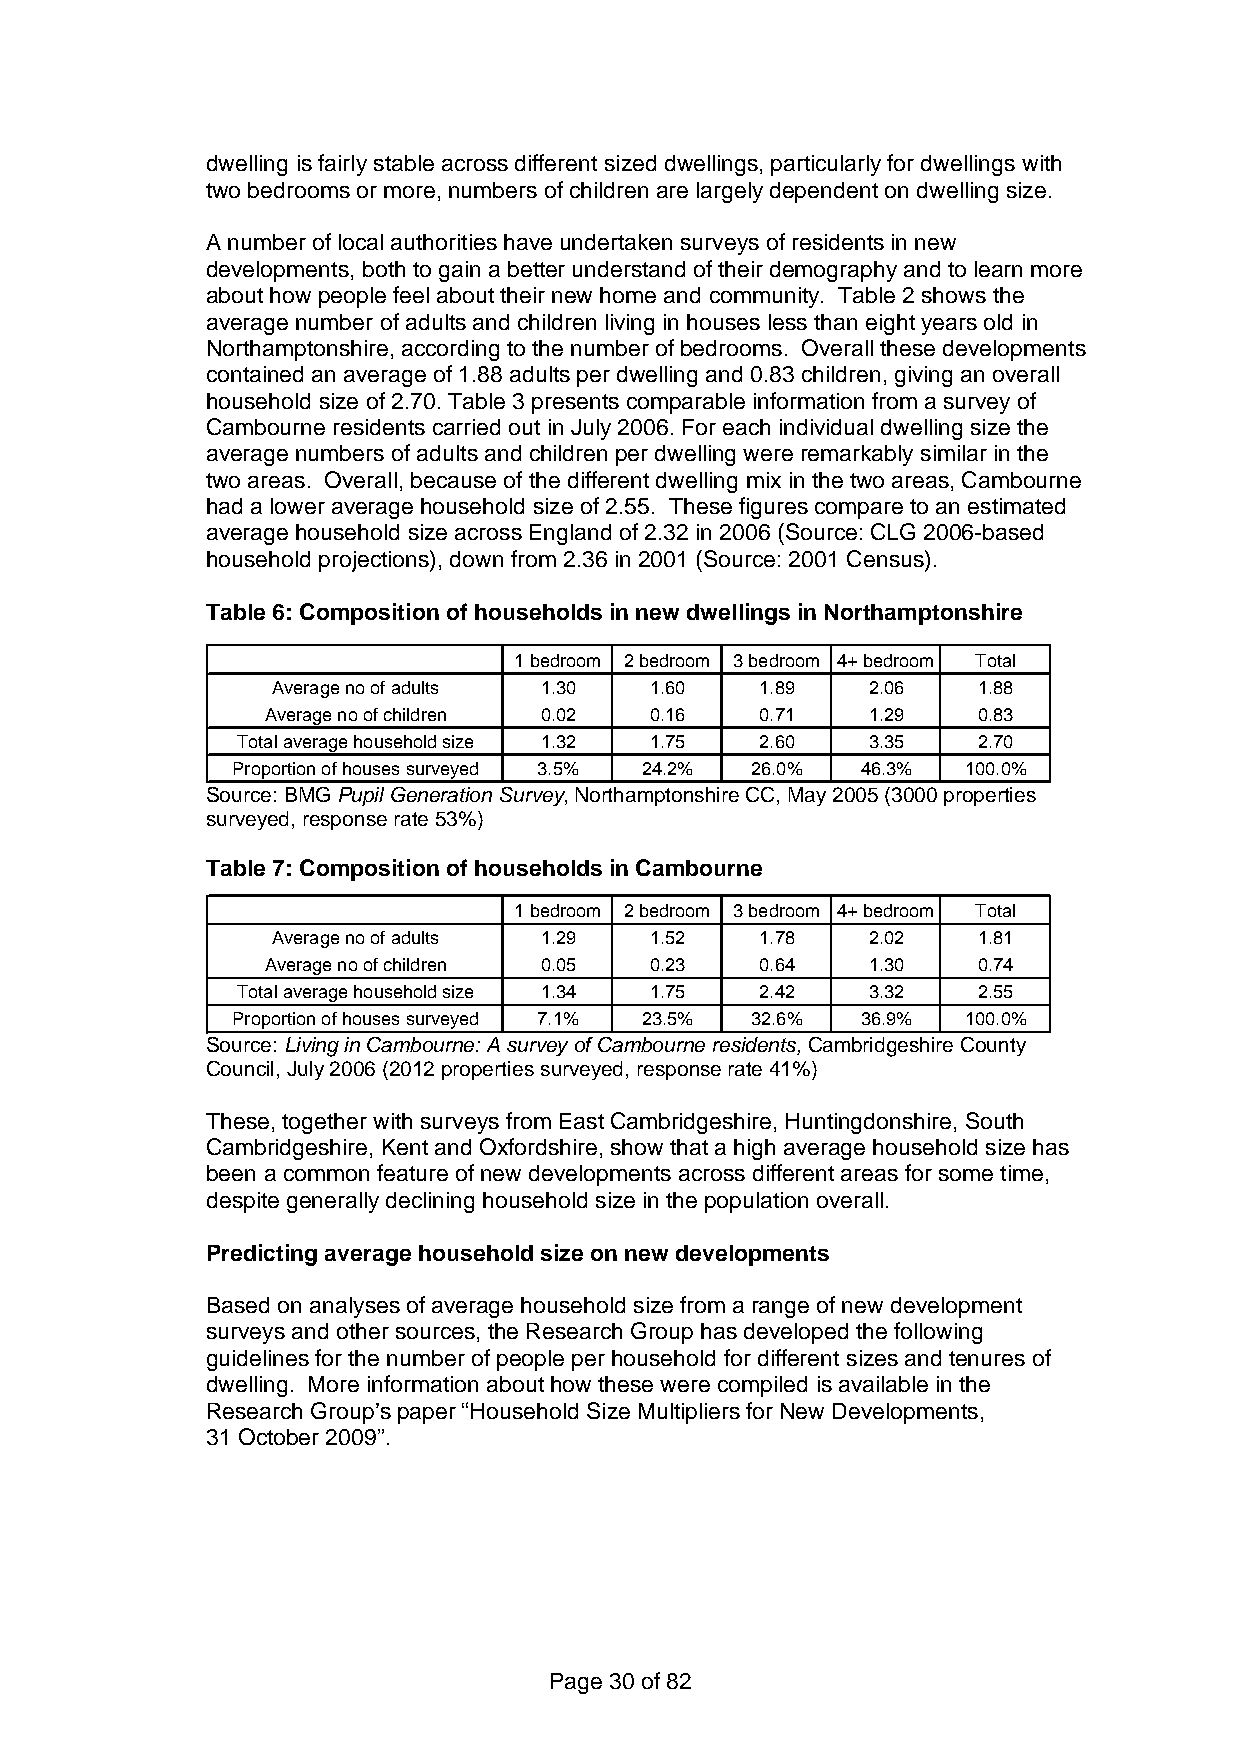
dwelling is fairly stable across different sized dwellings, particularly for dwellings with
 two bedrooms or more, numbers of children are largely dependent on dwelling size.
 A number of local authorities have undertaken surveys of residents in new
 developments, both to gain a better understand of their demography and to learn more
 about how people feel about their new home and community. Table 2 shows the
 average number of adults and children living in houses less than eight years old in
 Northamptonshire, according to the number of bedrooms. Overall these developments
 contained an average of 1.88 adults per dwelling and 0.83 children, giving an overall
 household size of 2.70. Table 3 presents comparable information from a survey of
 Cambourne residents carried out in July 2006. For each individual dwelling size the
 average numbers of adults and children per dwelling were remarkably similar in the
 two areas. Overall, because of the different dwelling mix in the two areas, Cambourne
 had a lower average household size of 2.55. These figures compare to an estimated
 average household size across England of 2.32 in 2006 (Source: CLG 2006-based
 household projections), down from 2.36 in 2001 (Source: 2001 Census).
 Table 6: Composition of households in new dwellings in Northamptonshire
 1 bedroom 2 bedroom 3 bedroom 4+ bedroom Total
 Average no of adults 1.30 1.60  1.89   2.06    1.88
 Average no of children 0.02 0.16 0.71  1.29    0.83
 Total average household size 1.32 1.75 2.60 3.35 2.70
 Proportion of houses surveyed 3.5% 24.2% 26.0% 46.3% 100.0%
 Source: BMG Pupil Generation Survey, Northamptonshire CC, May 2005 (3000 properties
 surveyed, response rate 53%)
 Table 7: Composition of households in Cambourne
 1 bedroom 2 bedroom 3 bedroom 4+ bedroom Total
 Average no of adults 1.29 1.52  1.78   2.02    1.81
 Average no of children 0.05 0.23 0.64  1.30    0.74
 Total average household size 1.34 1.75 2.42 3.32 2.55
 Proportion of houses surveyed 7.1% 23.5% 32.6% 36.9% 100.0%
 Source: Living in Cambourne: A survey of Cambourne residents, Cambridgeshire County
 Council, July 2006 (2012 properties surveyed, response rate 41%)
 These, together with surveys from East Cambridgeshire, Huntingdonshire, South
 Cambridgeshire, Kent and Oxfordshire, show that a high average household size has
 been a common feature of new developments across different areas for some time,
 despite generally declining household size in the population overall.
 Predicting average household size on new developments
 Based on analyses of average household size from a range of new development
 surveys and other sources, the Research Group has developed the following
 guidelines for the number of people per household for different sizes and tenures of
 dwelling. More information about how these were compiled is available in the
 Research Group’s paper “Household Size Multipliers for New Developments,
 31 October 2009”.
 Page 30 of 82